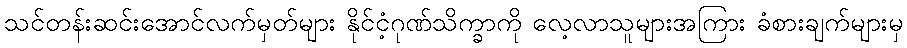
သင်တန်းဆင်းအောင်လက်မှတ်များ နိုင်ငံ့ဂုဏ်သိက္ခာကို လေ့လာသူများအကြား ခံစားချက်များမှ